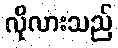
လိုလားသည်